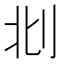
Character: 𠛙